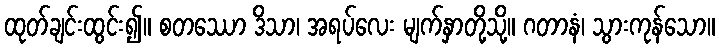
ထုတ်ချင်းထွင်း၍။ စတဿော ဒိသာ၊ အရပ်လေး မျက်နှာတို့သို့။ ဂတာနံ၊ သွားကုန်သော။